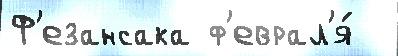
Ф'езансака ф'еврал'я́